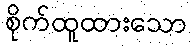
စိုက်ထူထားသော